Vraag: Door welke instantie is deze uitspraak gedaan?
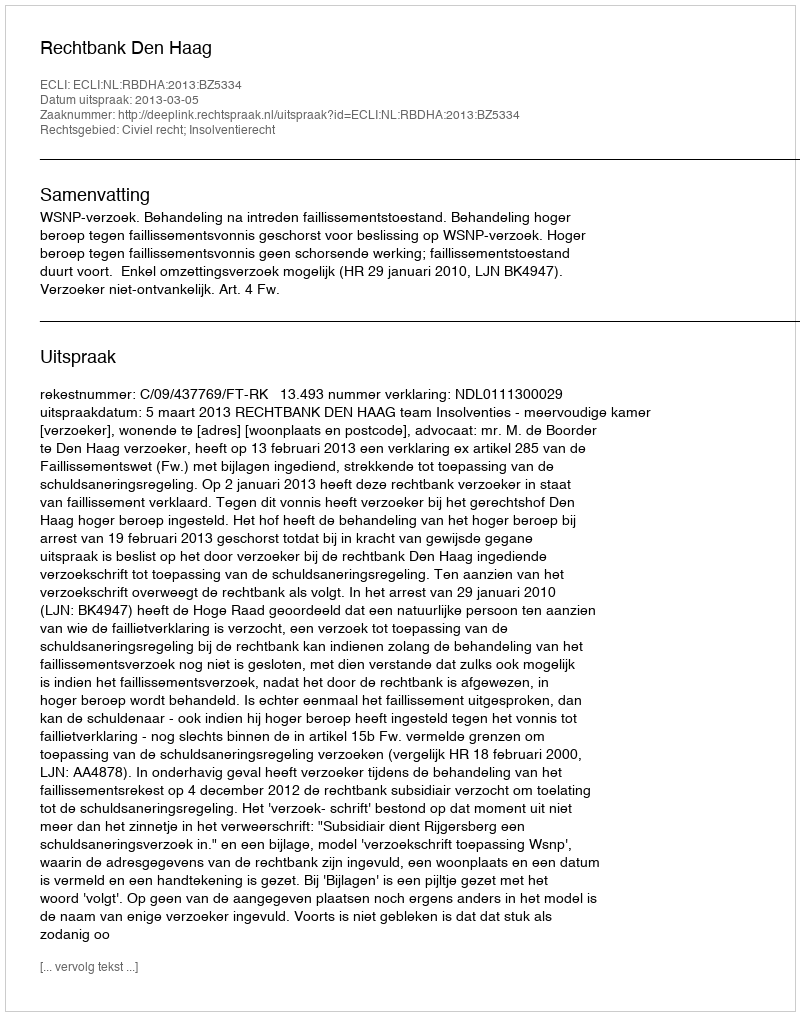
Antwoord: Rechtbank Den Haag